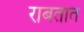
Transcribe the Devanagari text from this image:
राबतात